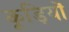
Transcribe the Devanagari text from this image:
कूड़ियों